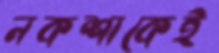
নকশাকেই